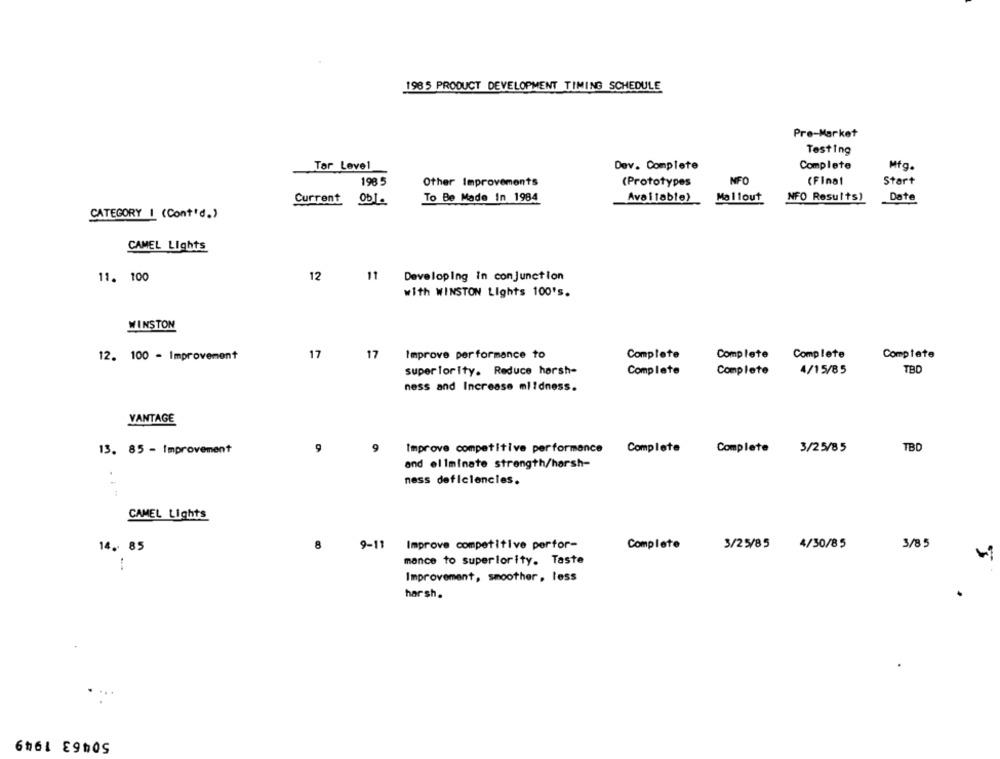
198 5 PRODUCT DEVELOPMENT TIMING SCHEDULE
Pre-Market
Testing
Tor Level
Dev. Complete
Complete
Mtg.
198 5
Other Improvements
NFO
(Final
Start
(Prototypes
To Be Made In 1984
Current Obj.
Available)
Mallout
NFO Results)
Date
CATEGORY 1 (Cont'd.)
CAMEL Lights
11. 100
12
11 Developing in conjunction
with WINSTON Lights 100's.
WINSTON
12. 100 - Improvement
17
17
Improve performance to
Complete
Complete
Complete
Complete
superiorIty. Reduce harsh-
Complete
Complete
4/15/85
TBD
ness and Increase mi!dness.
VANTAGE
9
9
Improve competitive performance
Complete
TBD
13. 85 - Improvement
Complete 3/25/85
and eliminate strength/harsh-
ness deficiencies.
. :-
CAMEL Lights
8
9-11
Improve competitive perfor-
Complete
3/25/85
4/30/85
3/8 5
14. 85
monce to superiority. Taste
Improvement, smoother, less
har sh.
6161 E9605